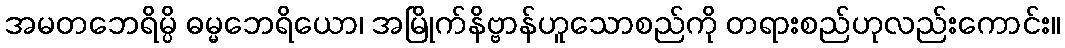
အမတဘေရိမ္ပိ ဓမ္မဘေရိယော၊ အမြိုက်နိဗ္ဗာန်ဟူသောစည်ကို တရားစည်ဟုလည်းကောင်း။